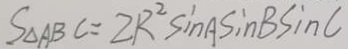
S _ { \Delta A B C } = 2 R ^ { 2 } \sin A \sin B \sin C